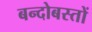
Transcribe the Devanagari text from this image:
बन्दोबस्तों